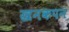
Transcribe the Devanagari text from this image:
खनकपन